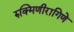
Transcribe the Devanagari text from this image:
रुक्मिणीरागिणे